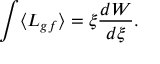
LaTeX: \int \langle { \cal L } _ { g f } \rangle = \xi { \frac { d W } { d \xi } } .